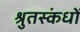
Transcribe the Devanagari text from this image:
श्रुतस्कंधों